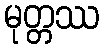
မုတ္တဿ